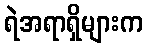
ရဲအရာရှိများက